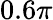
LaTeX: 0.6\pi